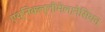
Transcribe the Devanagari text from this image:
एथ्निकल्लीमेलानेसियन